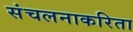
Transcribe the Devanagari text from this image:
संचलनाकरिता